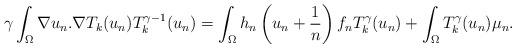
LaTeX: \begin{align*}\gamma\int_\Omega \nabla u_n.\nabla T_k(u_n)T_k^{\gamma-1}(u_n) =\int_{\Omega} h_n\left(u_n+\frac{1}{n}\right)f_nT_k^\gamma(u_n) + \int_{\Omega}T_k^\gamma(u_n)\mu_n.\end{align*}